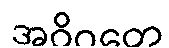
အဝိဂတေ